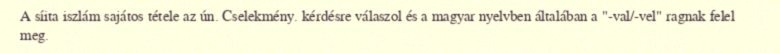
A síita iszlám sajátos tétele az ún. Cselekmény. kérdésre válaszol és a magyar nyelvben általában a "-val/-vel" ragnak felel meg.